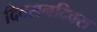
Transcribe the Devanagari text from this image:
दिवसनदिवस